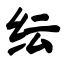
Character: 纭